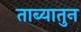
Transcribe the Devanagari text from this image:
ताब्यातुन